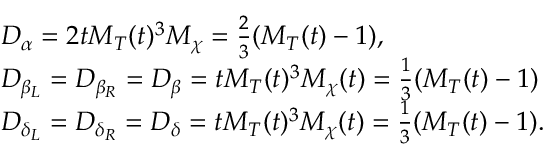
\begin{array} { r l } & { D _ { \alpha } = 2 t M _ { T } ( t ) ^ { 3 } M _ { \chi } = \frac { 2 } { 3 } ( M _ { T } ( t ) - 1 ) \mathrm { , } } \\ & { D _ { \beta _ { L } } = D _ { \beta _ { R } } = D _ { \beta } = t M _ { T } ( t ) ^ { 3 } M _ { \chi } ( t ) = \frac { 1 } { 3 } ( M _ { T } ( t ) - 1 ) } \\ & { D _ { \delta _ { L } } = D _ { \delta _ { R } } = D _ { \delta } = t M _ { T } ( t ) ^ { 3 } M _ { \chi } ( t ) = \frac { 1 } { 3 } ( M _ { T } ( t ) - 1 ) \mathrm { . } } \end{array}